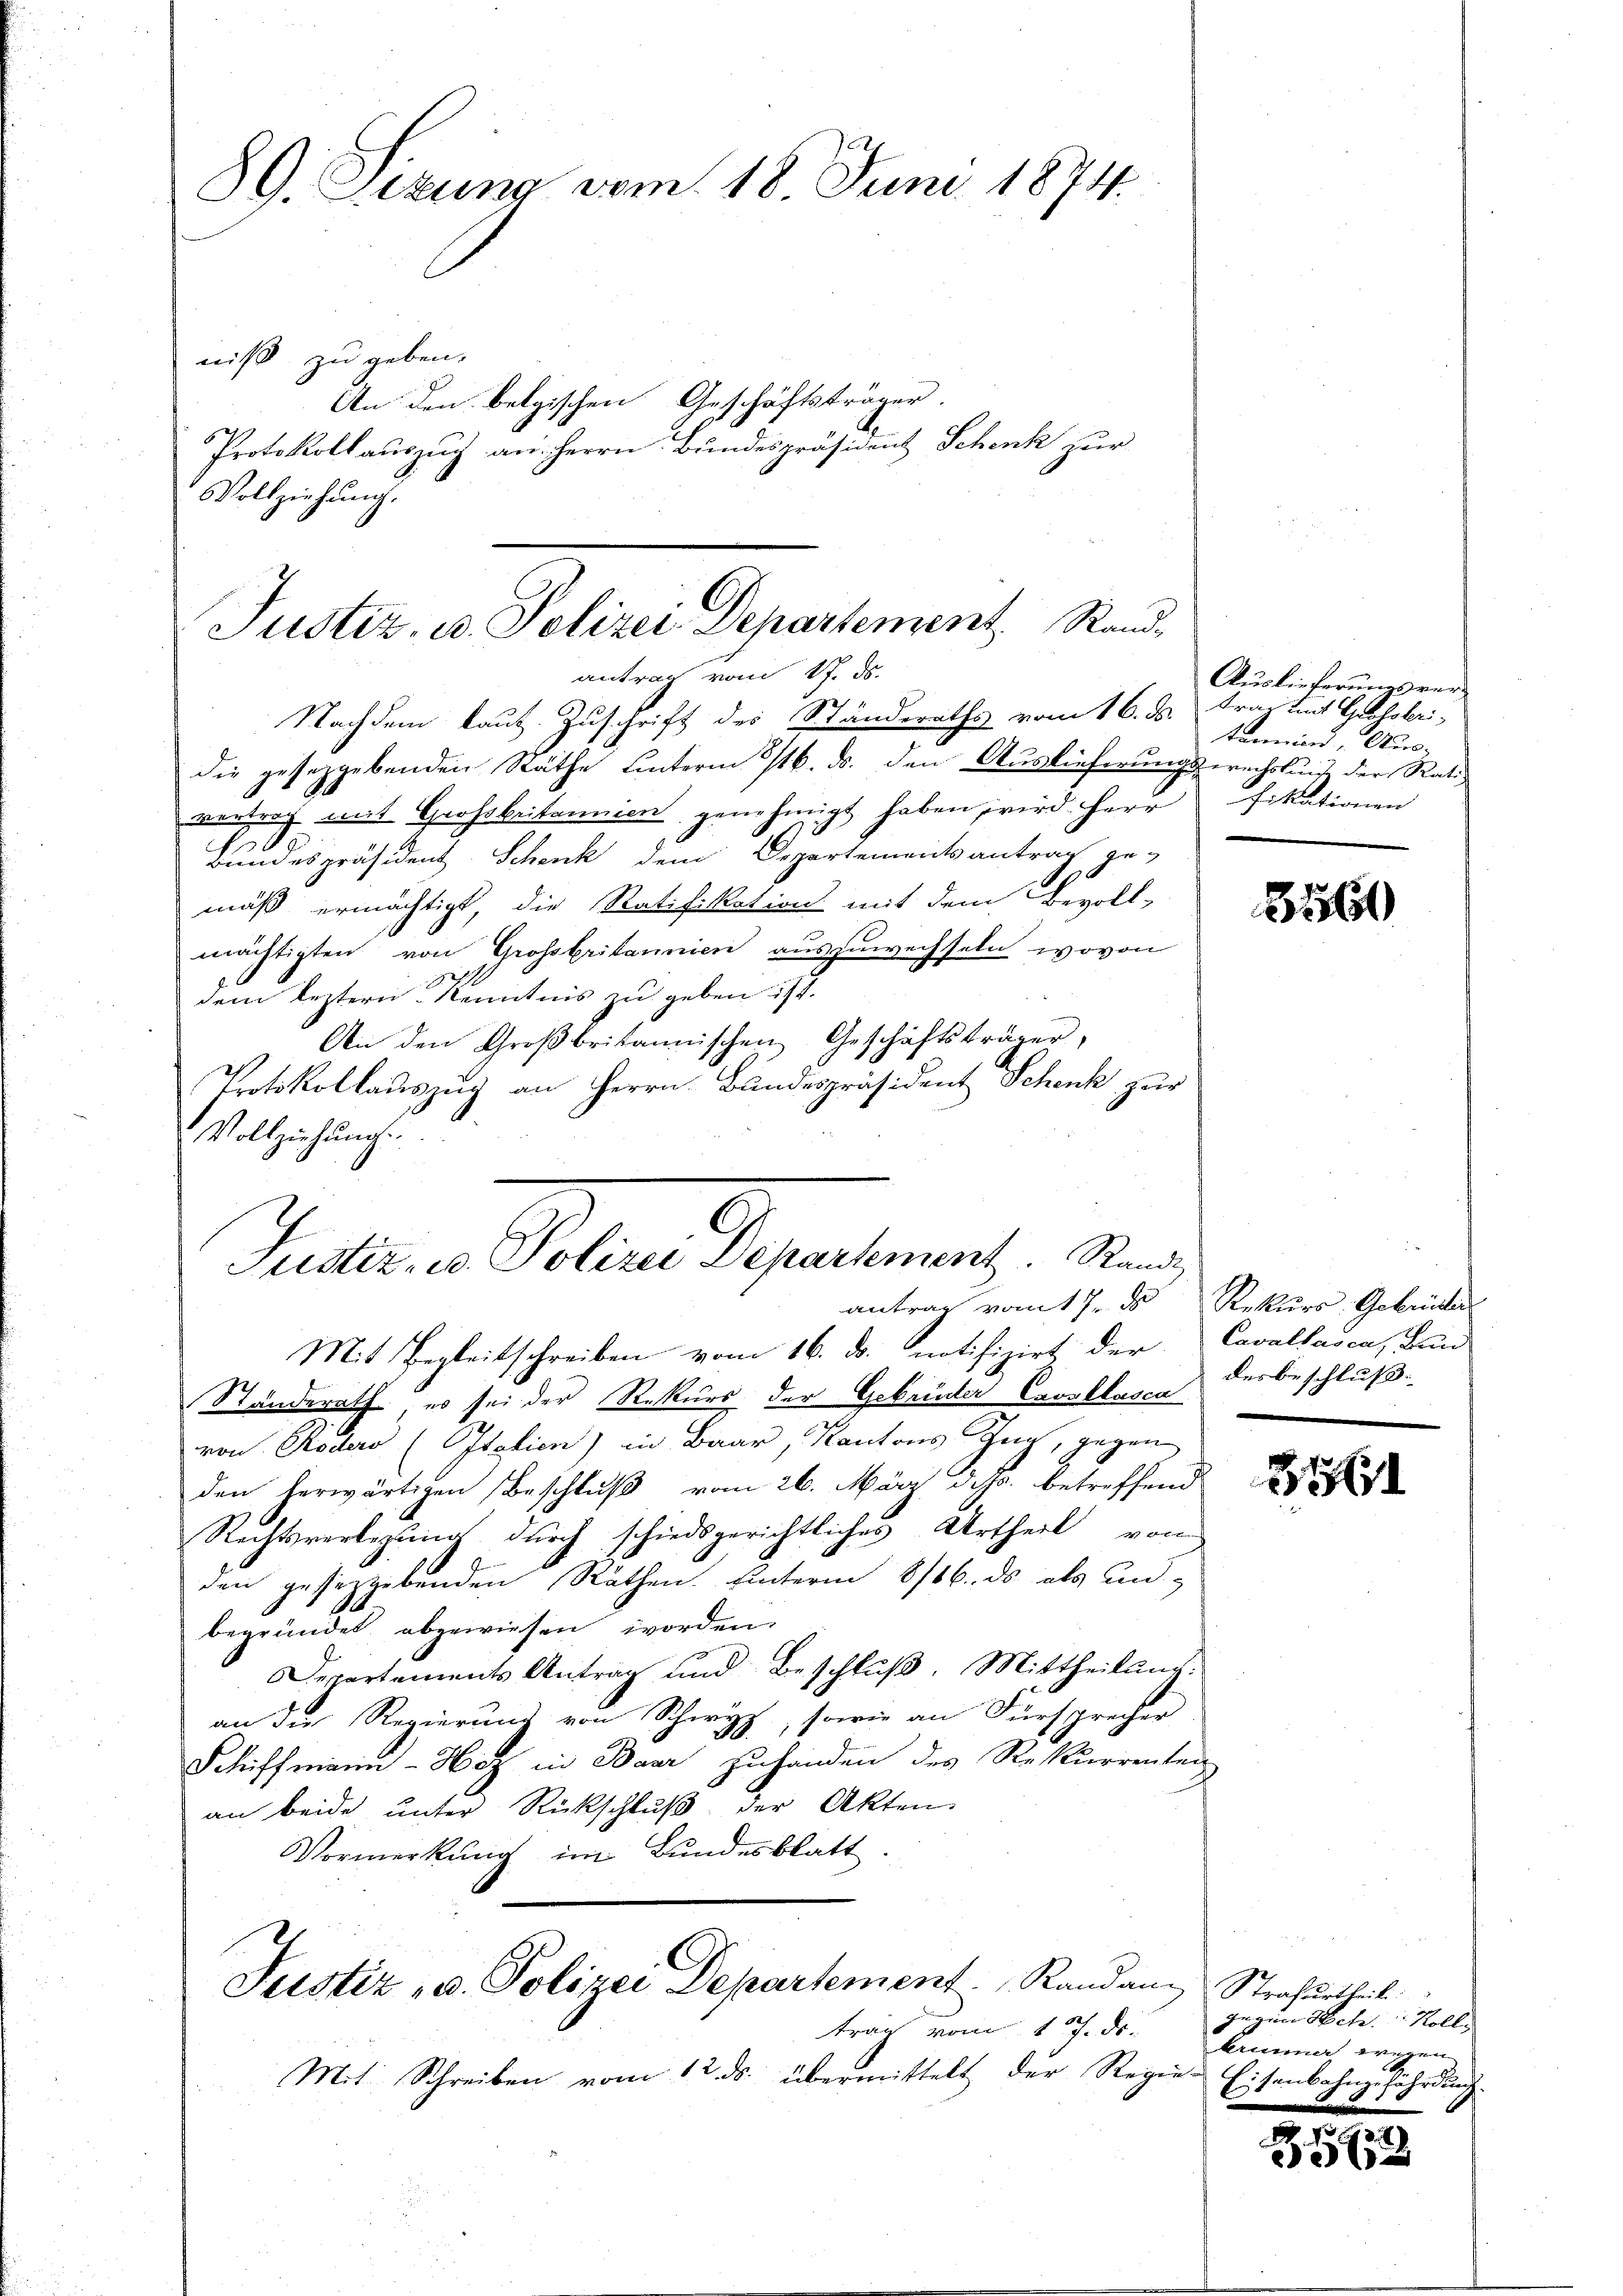
89. Sizung vom 18. Juni 1874.

niß zu geben.
An den belgischen Geschäftsträger.
Protokoll auszug an: Herrn Bundespräsident Schenk zur
Vollziehung.

Justiz, u. Polizei Departement Standantrag vom 17. ds.

Nachdem laut Zuschrift des Ständeraths vom 16. ds. Frau mit Grossbridie gesetzgebenden Räthe hinterm 16. ds. den Auslieferungswechslung der Rati
vertrag mit Grossbritannien, genehmigt haben wird. Herr fikationen
1
Bundespräsident Schenk dem Departementsantrag ge-
Ap
mäß ermächtigt, die Ratifikation mit dem Bevoll-
mächtigten von Grossbritannien auszuwechseln, wovon
 S.
i
dem leztern Kenntnis zu geben ist.
An den Großbritannischen Geschäftsträger,
Protokollauszug an Herrn Bundespräsident Schenk zur
Vollziehung
Ständerath, es sei der Rekurs der Gebrüder Croallasten derbeschluß:
von Rödero (Italien) in Baar, Kantons Zug, gegen
den herwärtigen Beschluß vom 26. März d. Js. betreffend
Rechtsverlegung durch schiedsgerichtliches Urtheil von
den geseggebenden Räthen unterm 8/16. ds als und
begründet abgewiesen worden.
Departements Antrag und Beschlŭβ. Mittheilŭng.
an die Regierung von Schwyz, sowie an Fürsprecher
Schiffmann-Hof in Baar zuhanden des Rekurrenten
an beide unter Rückschlŭβ der Akten.
Vormerkung im Bundesblatt
Justiz- u. Polizei Departement.   Randam Strafurtheil.
trag vom 1. ds.
Mit Schreiben vom 12. ds. übermittelt der Regier Eisenbahngefährdung.

Justiz, u. Polizei Departement. Rand
antrag vom 17. ds Rekurs. Gebrüder
Mit Begleitschreiben vom 16. d. notifizirt der Cavallasca, Bund

Auslieferungsvertarion, Aus¬

856

371

Irgen Hch. Koll
brunner wegen
B

.
5